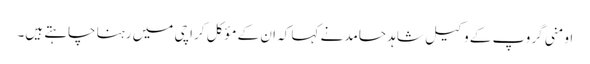
اومنی گروپ کے وکیل شاہد حامد نے کہا کہ ان کے مؤکل کراچی میں رہنا چاہتے ہیں۔